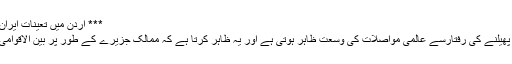
*** اردن میں تعینات ایران کے سابق سفیر نصرت اللہ تاجیک؛
تاجیک کا کہنا ہے کہ کرونا وائرس پھیلنے کی رفتارسے عالمی مواصلات کی وسعت ظاہر ہوتی ہے اور یہ ظاہر کرتا ہے کہ ممالک جزیرے کے طور پر بین الاقوامی ماحول کا انتظام نہیں کرسکتے ہیں۔